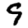
Digit: 9